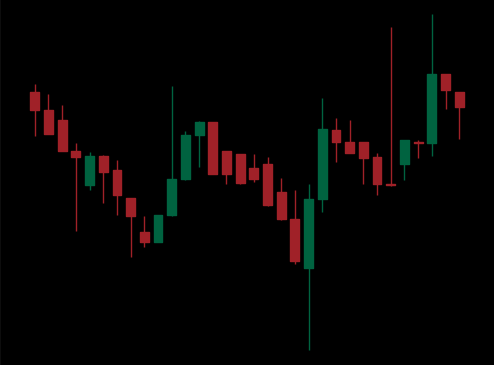
Pattern: inverse_head_shoulders